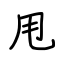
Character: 甩